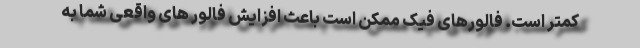
کمتر است. فالورهای فیک ممکن است باعث افزایش فالور های واقعی شما به